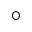
\bigcirc